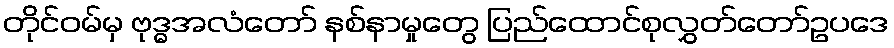
တိုင်ဝမ်မှ ဗုဒ္ဓအလံတော် နစ်နာမှုတွေ ပြည်ထောင်စုလွှတ်တော်ဥပဒေ